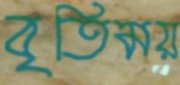
বৃতিময়